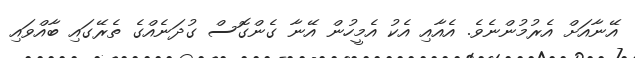
އޭނާއަށް އެރުމުންނެވެ. އެއާއި އެކު އެމީހުން އޭނާ ގެންގޮސް ގުދަނެއްގެ ތެރޭގައި ބާއްވައި